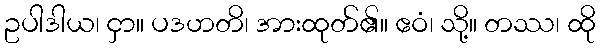
ဥပါဒါယ၊ ငှာ။ ပဒဟတိ၊ အားထုတ်၏။ ဧဝံ၊ သို့။ တဿ၊ ထို